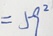
= 5 9 ^ { 2 }